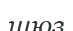
шюз